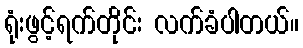
ရုံးဖွင့်ရက်တိုင်း လက်ခံပါတယ်။